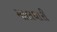
માલઘારી